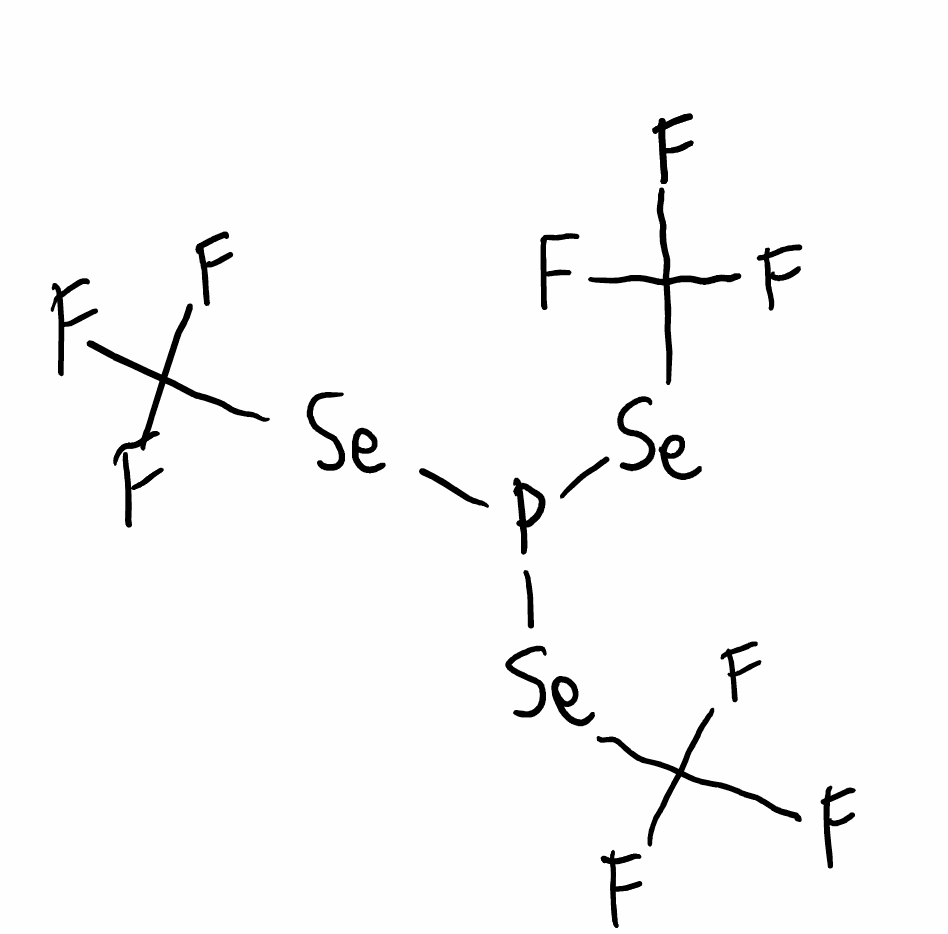
Simplified molecular-input line-entry system (SMILES) notation of the given molecule:
C(F)(F)(F)[Se]P([Se]C(F)(F)F)[Se]C(F)(F)F